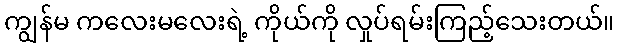
ကျွန်မ ကလေးမလေးရဲ့ ကိုယ်ကို လှုပ်ရမ်းကြည့်သေးတယ်။